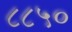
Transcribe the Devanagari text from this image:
८८५०